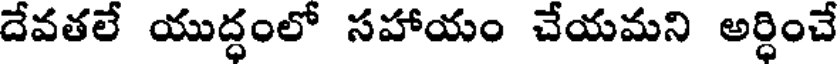
దేవతలే యుద్ధంలో సహాయం చేయమని అర్ధించే